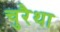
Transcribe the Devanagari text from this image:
चुरैथा